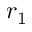
r _ { 1 }